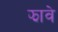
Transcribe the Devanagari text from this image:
झावे